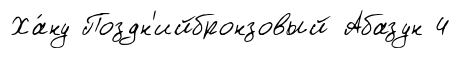
Ха́ну Поздн'ийбронзовый Абазун 4